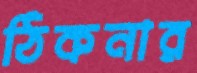
ঠিকনার